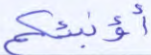
أؤنبئكم